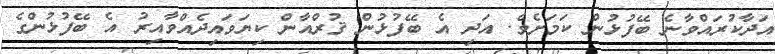
އަދާކުރައްވާނެ ބޭފުޅުން ކަމަށެވެ. އަދި އެ ބޭފުޅުން ޤުރްއާން ކިޔަވައިދެއްވާއިރު އެ ބޭފުޅުންގެ